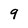
Character: 9